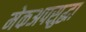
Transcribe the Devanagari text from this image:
मेकअपसुद्धा